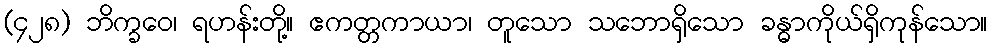
(၄၂၈) ဘိက္ခဝေ၊ ရဟန်းတို့။ ဧကတ္တကာယာ၊ တူသော သဘောရှိသော ခန္ဓာကိုယ်ရှိကုန်သော။